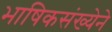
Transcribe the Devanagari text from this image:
भाषिकसंख्येने